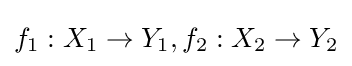
f_{1}:X_{1}\to Y_{1},f_{2}:X_{2}\to Y_{2}